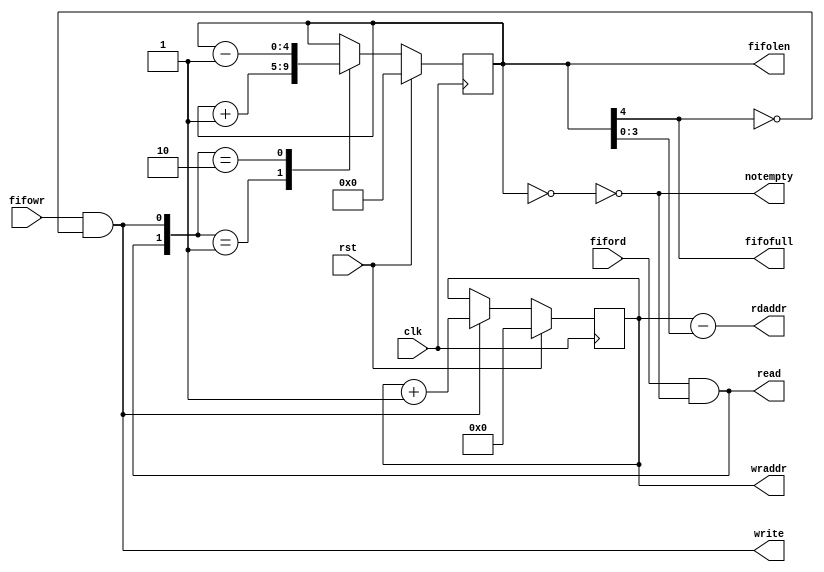
// Description     : Fifo control module. This macro controls write, read counters and
//                   fifofull, notempty signals. the memories of this fifo is outside.
//////////////////////////////////////////////////////////////////////////////////

module fifoctrlx
    (
     clk,
     rst,
     
     fiford,    // FIFO control
     fifowr,

     fifofull,  // high when fifo full
     notempty,  // high when fifo not empty
     fifolen,   // fifo length

                // Connect to memories
     write,     // enable to write memories
     wraddr,    // write address of memories
     read,      // enable to read memories
     rdaddr     // read address of memories
     );

parameter ADDRBIT = 4;
parameter LENGTH = 16;

input   clk,
        rst,
        fiford,
        fifowr;

output  fifofull,
        notempty;

output [ADDRBIT:0] fifolen;

output  write;
output  read;

output [ADDRBIT-1:0] wraddr;
output [ADDRBIT-1:0] rdaddr;

reg     [ADDRBIT:0]   fifo_len;
reg     [ADDRBIT-1:0] wrcnt;

wire    [ADDRBIT-1:0] wraddr;
assign  wraddr = wrcnt;

wire    fifoempt;
assign  fifoempt    =   (fifo_len=={1'b0,{ADDRBIT{1'b0}}});

wire    notempty;
assign  notempty    =   !fifoempt;

wire    fifofull;
assign  fifofull    =   (fifo_len[ADDRBIT]);

assign  fifolen     =   fifo_len;

wire    write;
assign  write       =   (fifowr& !fifofull);

wire    read;
assign  read        =   (fiford& !fifoempt);

wire    [ADDRBIT-1:0]   rdcnt;
assign  rdcnt       =   wrcnt - fifo_len[ADDRBIT-1:0];

wire    [ADDRBIT-1:0] rdaddr;
assign  rdaddr = rdcnt;

always @(posedge clk)
    begin
    if(rst) wrcnt <= {ADDRBIT{1'b0}};
    else if(write) wrcnt    <= wrcnt  + 1'b1;
    end

always @(posedge clk)
    begin
    if(rst) fifo_len  <= {1'b0,{ADDRBIT{1'b0}}};
    else
        case({read,write})
        2'b01: fifo_len <= fifo_len + 1'b1;
        2'b10: fifo_len <= fifo_len - 1'b1;
        default: fifo_len <= fifo_len;
        endcase
    end

endmodule